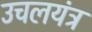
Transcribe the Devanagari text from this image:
उचलयंत्र